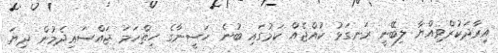
އިރާދަކުރްވިއްޔާ ލިބޭނީ ރަނގަޅު ކުއްޖެއް ކަމުގައި ބުނެ ހަސީނާގެ ހިތްހަމަ ޖައްސައިދެމުން ދިޔަ